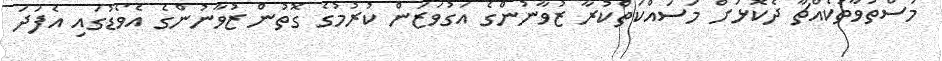
މަސްތުވާތަކެއްޗާ ދެކޮޅަށް މަސައްކަތްކުރާ ޒުވާނުންގެ އަގުވަޒަން ކުރުމުގެ ގޮތުން ޒުވާނުންގެ އެވޯޑުގައި އެފަދަ